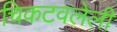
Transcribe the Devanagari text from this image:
चिकटवलेली